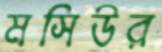
মসিউর